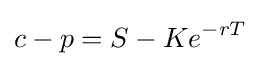
c-p=S-Ke^{-rT}